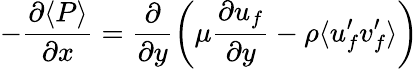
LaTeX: -\frac{\partial\langle P\rangle}{\partial x}=\frac{\partial}{\partial y}\left(\mu\frac{\partial u_{f}}{\partial y}-\rho\langle u_{f}^{\prime}v_{f}^{\prime}\rangle\right)